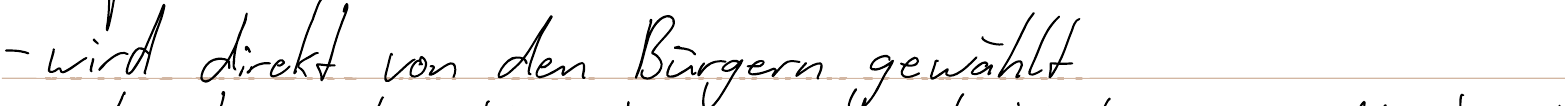
- wird direkt von den Bürgern gewählt